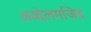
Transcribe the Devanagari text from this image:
अब्देलमजिद